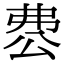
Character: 𠔘